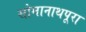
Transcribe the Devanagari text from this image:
सोमानाथपूरा